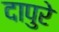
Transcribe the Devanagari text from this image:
दापुरे